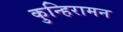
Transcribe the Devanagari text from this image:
कुन्हिरामन